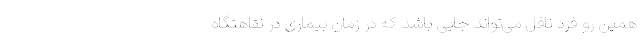
همین رو فرد ناقل می‌تواند جایی باشد که در زمان بیماری در نقاهتگاه